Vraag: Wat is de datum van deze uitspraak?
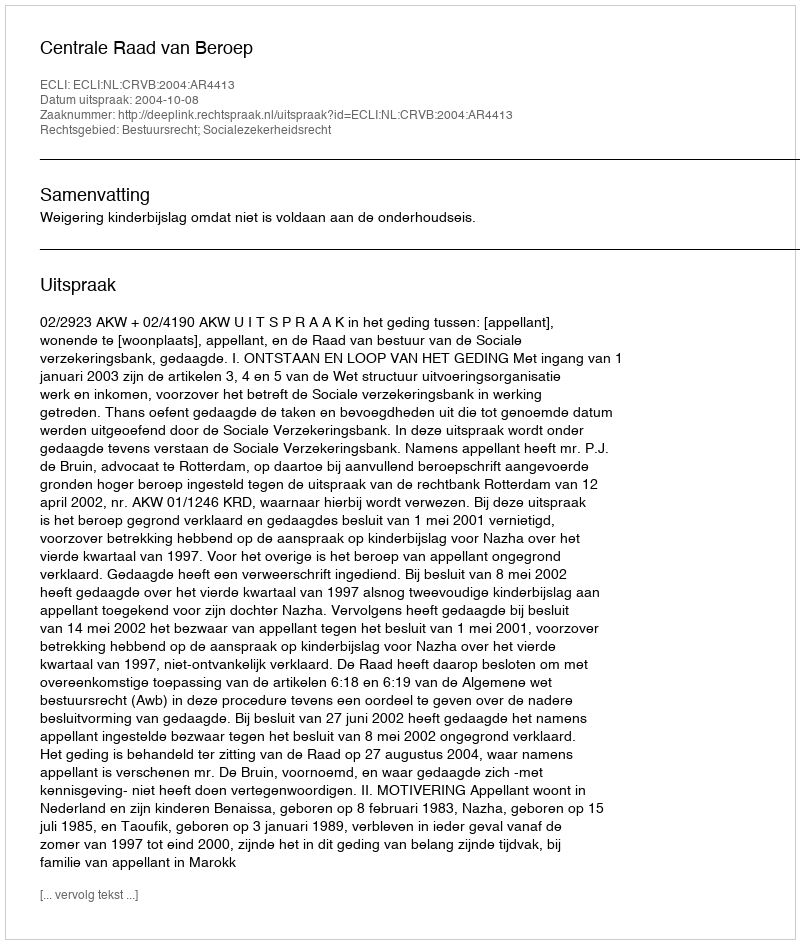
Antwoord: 2004-10-08